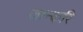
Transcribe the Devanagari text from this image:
जान्करि